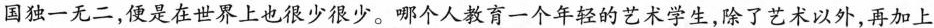
国独一无二，便是在世界上也很少很少。哪个人教育一个年轻的艺术学生，除了艺术以外，再加上